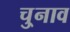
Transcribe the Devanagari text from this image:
चु्नाव